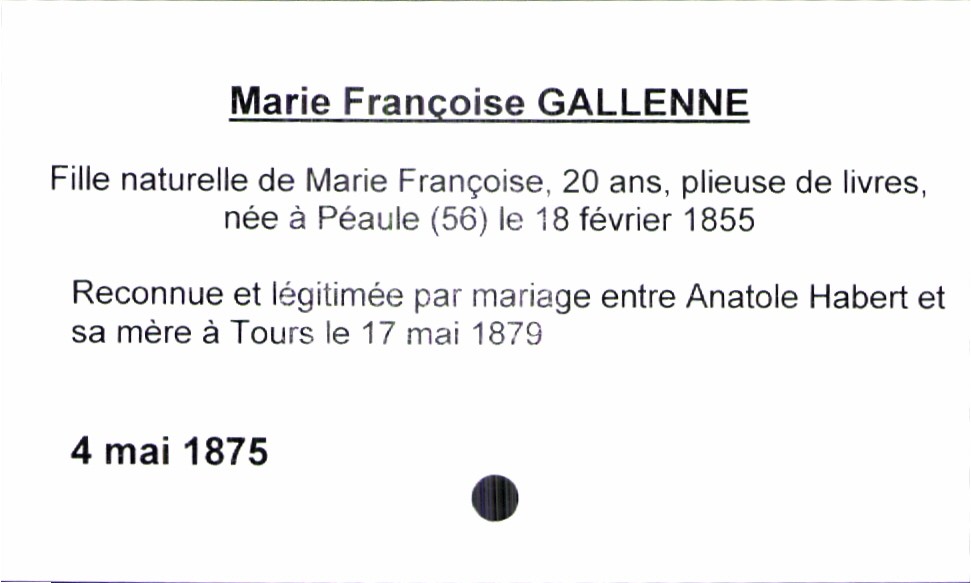
type_acte: Baptême
année: 1875
mois: mai
jour: 4
observations: reconnue et légitimée par mariage entre Anatole Habert et sa mère à Tours le 17 mai 1879
filiation: fille
enfant_prénom: Marie Françoise
enfant_date_de_naissance: 4 mai 1875
mère_enfant_nom: Gallenne
mère_enfant_prénom: Marie Françoise
mère_enfant_âge: 20 ans
mère_enfant_profession: plieuse de livres
mère_enfant_lieu_de_naissance: Péaule (56)